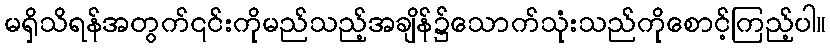
မရှိသိရန်အတွက်၎င်းကိုမည်သည့်အချိန်၌သောက်သုံးသည်ကိုစောင့်ကြည့်ပါ။